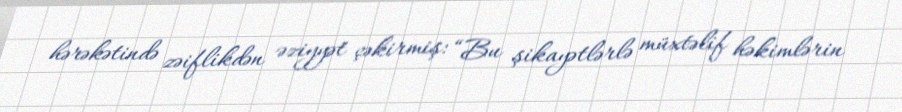
hərəkətində zəiflikdən əziyyət çəkirmiş: “Bu şikayətlərlə müxtəlif həkimlərin